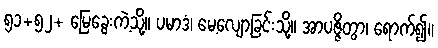
၅၁+၅၂+ မြေခွေးကဲ့သို့။ ပမာဒံ၊ မေ့လျော့ခြင်းသို့။ အာပဇ္ဇိတွာ၊ ရောက်၍။